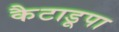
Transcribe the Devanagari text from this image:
कैटाडूपा